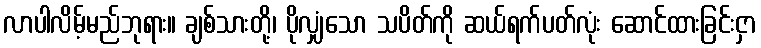
လာပါလိမ့်မည်ဘုရား။ ချစ်သားတို့၊ ပိုလျှံသော သပိတ်ကို ဆယ်ရက်ပတ်လုံး ဆောင်ထားခြင်းငှာ